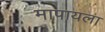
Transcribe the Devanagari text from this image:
मापायला